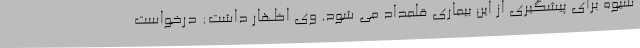
شیوه برای پیشگیری از این بیماری قلمداد می شود. وی اظهار داشت: درخواست